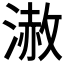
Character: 𣻪